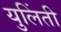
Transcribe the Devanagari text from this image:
युलिंती